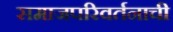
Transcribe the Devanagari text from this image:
समाजपरिवर्तनाची